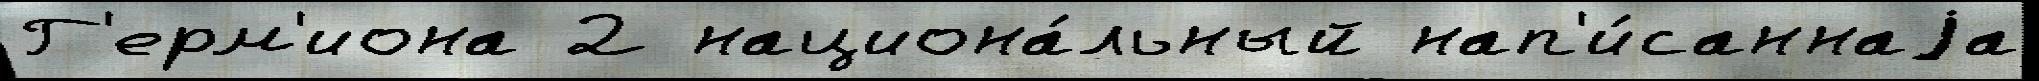
Г'ерм'иона 2 национа́льный нап'и́саннаjа